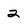
Character: 2